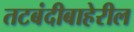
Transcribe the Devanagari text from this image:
तटबंदीबाहेरील